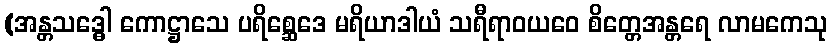
(အန္တသဒ္ဓေါ ကောဋ္ဌာသေ ပရိစ္ဆေဒေ မရိယာဒါယံ သရီရာဝယဝေ စိတ္တေအန္တရေ လာမကေသု